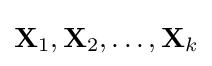
\mathbf {X} _{1},\mathbf {X} _{2},\ldots ,\mathbf {X} _{k}